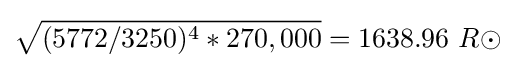
{\sqrt {(5772/3250)^{4}*270,000}}=1638.96\ R\odot